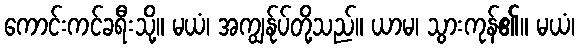
ကောင်းကင်ခရီးသို့။ မယံ၊ အကျွန်ုပ်တို့သည်။ ယာမ၊ သွားကုန်၏။ မယံ၊